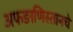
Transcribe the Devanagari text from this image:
अफङाणिस्तानचे